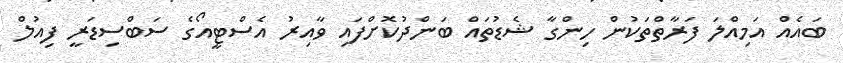
ބައެއް އަމިއްލަ ފަރާތްތަކުން ހިންގާ ޝެޑުތައް ބަންދުކޮށްފައި ވާއިރު އެސްޓީއޯގެ ސަބްސިޑަރީ ފިއުލް